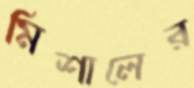
মিশালের